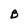
Character: B